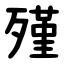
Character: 殣